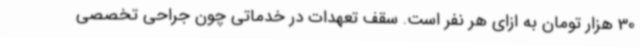
30 هزار تومان به ازای هر نفر است. سقف تعهدات در خدماتی چون جراحی تخصصی